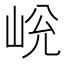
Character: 𡷋